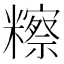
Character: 𥽕